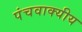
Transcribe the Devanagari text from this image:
पंचवाक्यीय